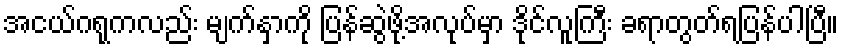
အငယ်ဂရုကလည်း မျက်နှာကို ပြန်ဆွဲဖို့အလုပ်မှာ ဒိုင်လူကြီး ခရာတွတ်ရပြန်ပါပြီ။